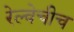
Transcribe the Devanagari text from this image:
रेल्वेचीच